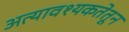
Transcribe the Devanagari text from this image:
अत्यावश्यकतेतून